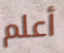
أعلم